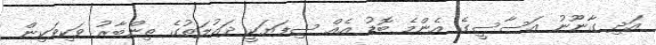
އަދި ގާނޫނު އަސާސީގެ އެންމެ ބޮޑު އެއް ސިފަޔަކީ ދައުލަތުގެ ތިންބާރު ވަކިވަކިން